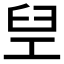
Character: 𬛸